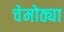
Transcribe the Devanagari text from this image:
चेमोठ्या